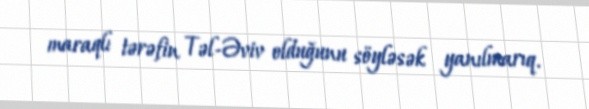
maraqlı tərəfin Təl-Əviv olduğunu söyləsək yanılmarıq.